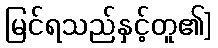
မြင်ရသည်နှင့်တူ၏]